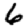
Digit: 6